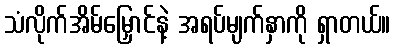
သံလိုက်အိမ်မြှောင်နဲ့ အရပ်မျက်နှာကို ရှာတယ်။